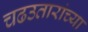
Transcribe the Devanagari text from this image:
चढउतारांच्या